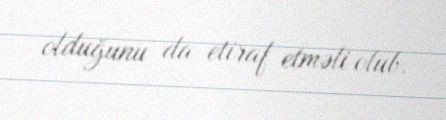
olduğunu da etiraf etməli olub.